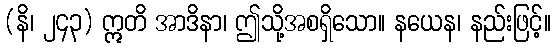
(နိ၊ ၂၄၃) ဣတိ အာဒိနာ၊ ဤသို့အစရှိသော။ နယေန၊ နည်းဖြင့်။